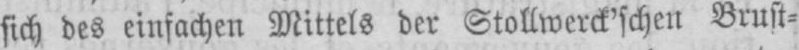
sich des einfachen Mittels der Stollwerck’schen Brust⸗